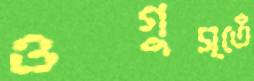
ওগুস্তেঁ